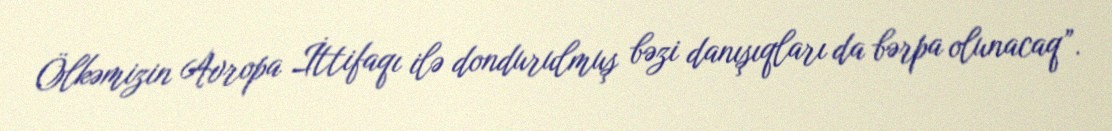
Ölkəmizin Avropa İttifaqı ilə dondurulmuş bəzi danışıqları da bərpa olunacaq”.